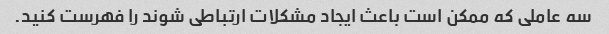
سه عاملی که ممکن است باعث ایجاد مشکلات ارتباطی شوند را فهرست کنید.